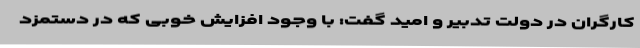
کارگران در دولت تدبیر و امید گفت: با وجود افزایش خوبی که در دستمزد